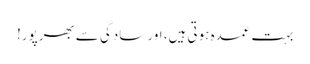
بہت عمدہ ہوتی ہیں، اور سادگی سے بھرپور!